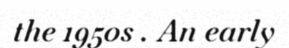
the 1950s . An early